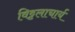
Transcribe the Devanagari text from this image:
विट्टलाचार्य